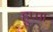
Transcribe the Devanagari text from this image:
हुप्पा